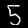
Label: 5